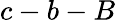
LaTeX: c-b-B